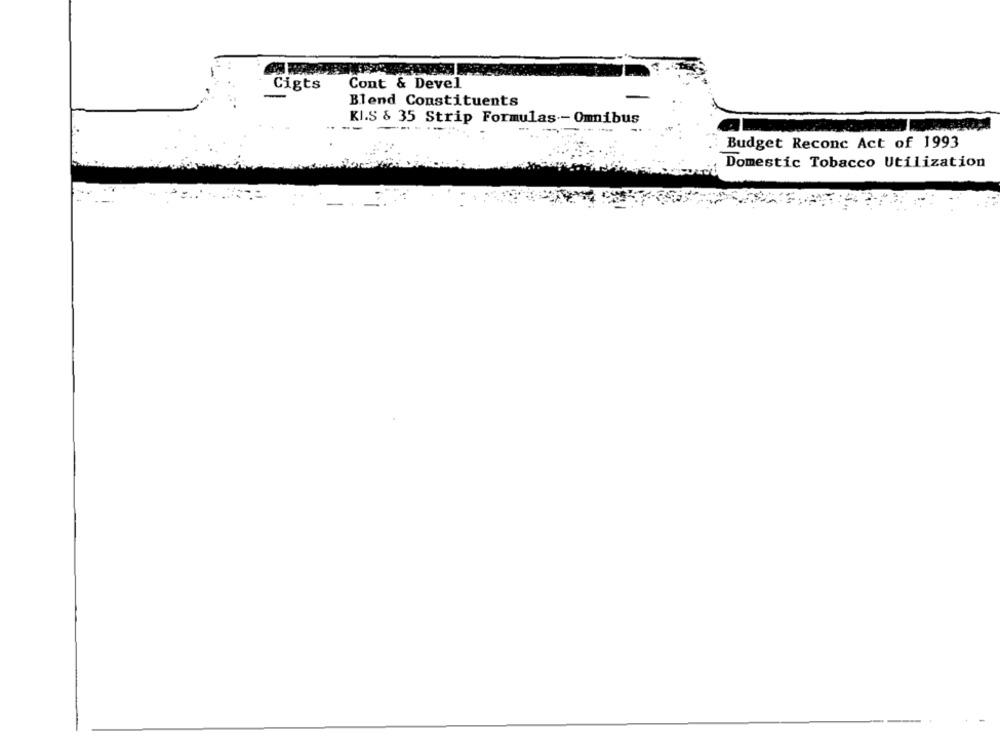
Cigts
Cont & Devel
Blend Constituents
KI.S & 35 Strip Formulas -- Omnibus
Budget Reconc Act of 1993
Domestic Tobacco Utilization